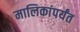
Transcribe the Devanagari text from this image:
मालिकांपर्यंत